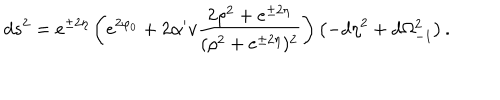
d s ^ { 2 } = e ^ { \pm 2 \eta } \left( e ^ { 2 \varphi _ { 0 } } + 2 \alpha ^ { \prime } v \frac { 2 \rho ^ { 2 } + e ^ { \pm 2 \eta } } { ( \rho ^ { 2 } + e ^ { \pm 2 \eta } ) ^ { 2 } } \right) \left( - d \eta ^ { 2 } + d \Omega _ { - 1 } ^ { 2 } \right) .